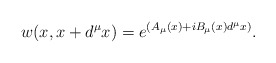
\begin{align*}w(x,x+d^{\mu}x)=e^{(A_{\mu}(x)+iB_{\mu}(x)d^{\mu}x)}. \end{align*}